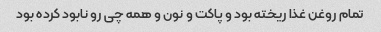
تمام روغن غذا ریخته بود و پاکت و نون و همه چی رو نابود کرده بود